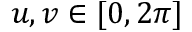
u , v \in [ 0 , 2 \pi ]